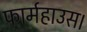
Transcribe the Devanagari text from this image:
फार्महाउस।